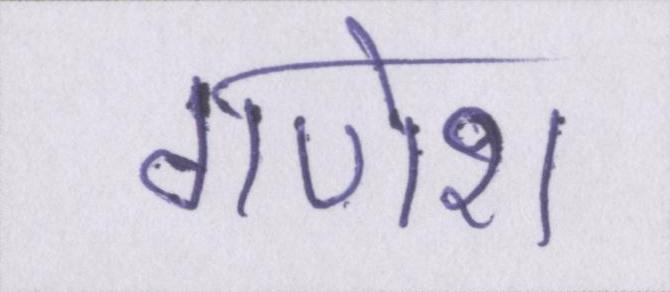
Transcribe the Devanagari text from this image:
गणेश